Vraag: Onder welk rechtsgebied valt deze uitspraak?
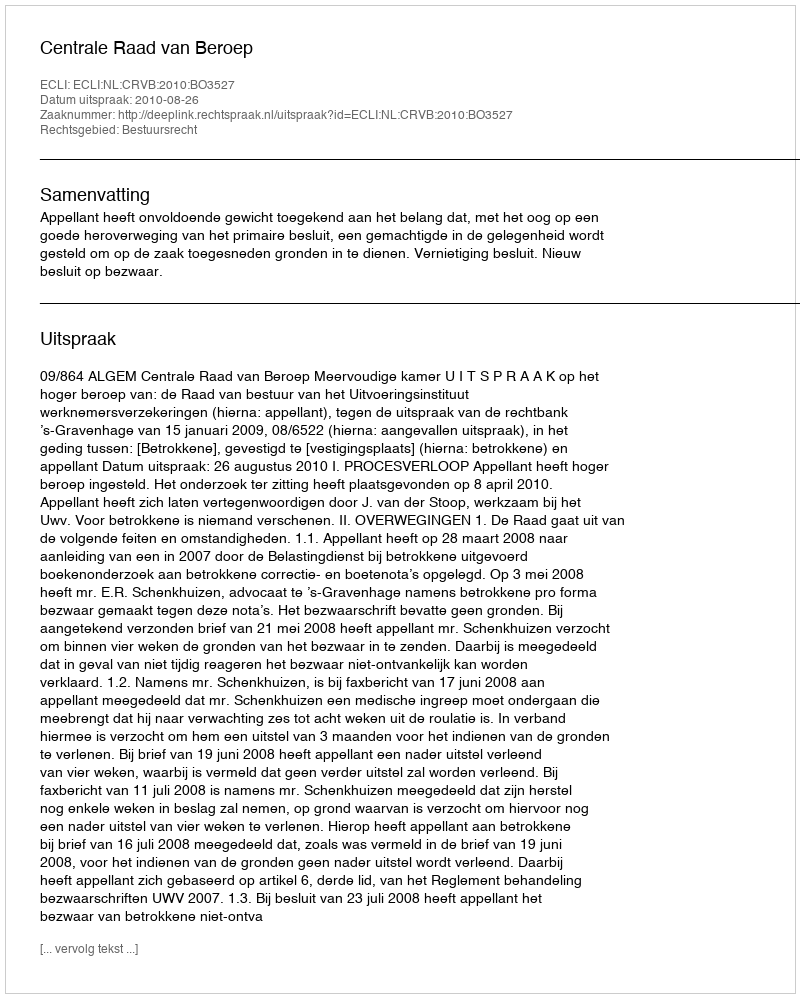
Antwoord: Bestuursrecht